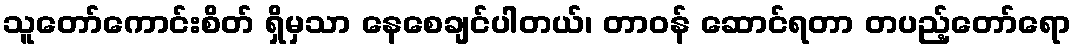
သူတော်ကောင်းစိတ် ရှိမှသာ နေစေချင်ပါတယ်၊ တာဝန် ဆောင်ရတာ တပည့်တော်ရော